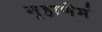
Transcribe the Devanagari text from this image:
गृहाणेमं